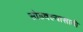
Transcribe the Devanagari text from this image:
सोडवल्यासाठी